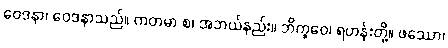
ဝေဒနာ၊ ဝေဒနာသည်။ ကတမာ စ၊ အဘယ်နည်း။ ဘိက္ခဝေ၊ ရဟန်းတို့။ ဖဿော၊